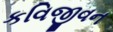
કવિજીવન